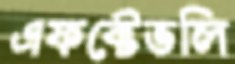
এফক্টেভলি